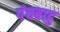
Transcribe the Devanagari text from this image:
पंचबाहु